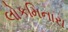
લોકમિનારા